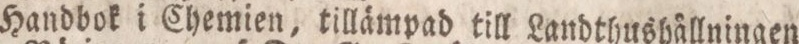
Handbok i Chemien, tillämpad till Landthushållningen